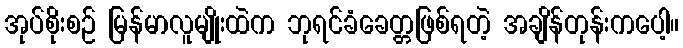
အုပ်စိုးစဉ် မြန်မာလူမျိုးထဲက ဘုရင်ခံခေတ္တဖြစ်ရတဲ့ အချိန်တုန်းကပေါ့။